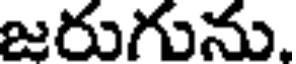
జరుగును.